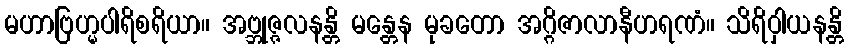
မဟာဗြဟ္မပါရိစရိယာ။ အဗ္ဘုဇ္ဇလနန္တိ မန္တေန မုခတော အဂ္ဂိဇာလာနီဟရဏံ။ သိရိဝှါယနန္တိ